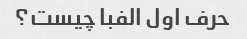
حرف اول الفبا چیست؟